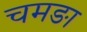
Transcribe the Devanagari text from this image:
चमङा